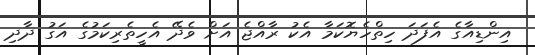
އިންޑިއާގެ އެފަދަ ހިތްހެޔޮކަމާ އެކު ރާއްޖެ އަށް ވެދޭ އެހީތެރިކަމުގެ އަގު ދާދި